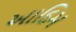
આદિમ